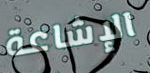
الإشاعة